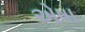
એષા